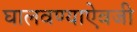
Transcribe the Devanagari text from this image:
घालवण्याऐवजी